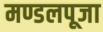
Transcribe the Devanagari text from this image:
मण्डलपूजा